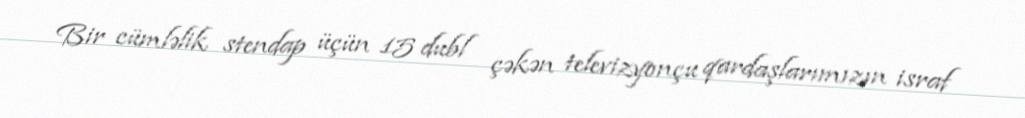
Bir cümləlik stendap üçün 15 dubl çəkən televizyonçu qardaşlarımızın israf